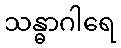
သန္ဓာဂါရေ